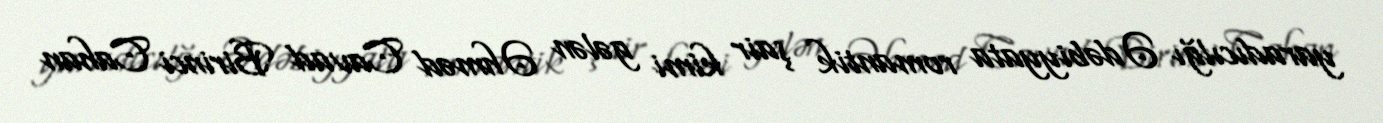
yaradıcılğı Ədəbiyyata romantik şair kimi gələn Əhməd Cavad Birinci Cahan